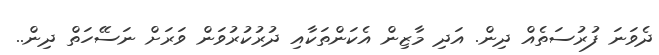
ދެވަނަ ފުރުސަތެއް ދިން. އަދި މާޒިން އެކަންތަކާއި ދުރުކުރުވަން ވަރަށް ނަސޭހަތް ދިން..